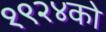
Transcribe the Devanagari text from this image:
१९२४को